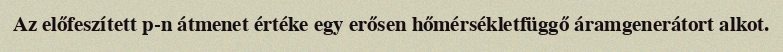
Az előfeszített p-n átmenet értéke egy erősen hőmérsékletfüggő áramgenerátort alkot.